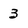
Character: 3